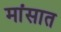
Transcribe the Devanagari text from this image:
मांसात